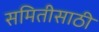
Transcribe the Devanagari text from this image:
समितीसाठी